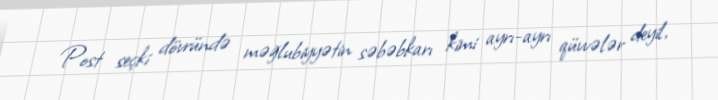
Post seçki dövründə məğlubiyyətin səbəbkarı kimi ayrı-ayrı qüvvələr deyil,